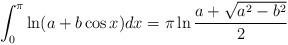
LaTeX: \begin{align*}\int_{0}^{\pi} \ln (a+b\cos x) dx = \pi \ln{\frac{a+\sqrt{a^{2}-b^{2}}}{2}}\end{align*}